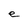
Character: e